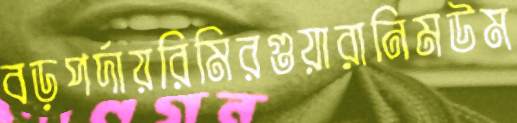
বড়পর্দায়রিমিরগুয়ারানিমউম